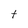
Character: t